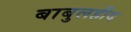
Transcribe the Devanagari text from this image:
बाबुलहीद